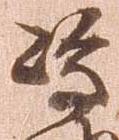
島